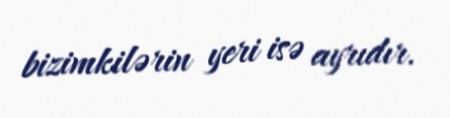
bizimkilərin yeri isə ayrıdır.